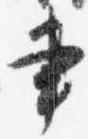
書